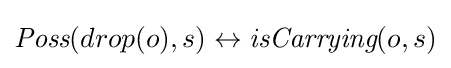
{\textit {Poss}}(drop(o),s)\leftrightarrow {\textit {isCarrying}}(o,s)